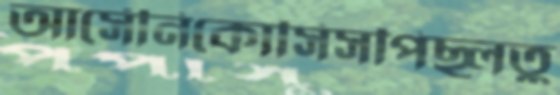
আর্সেনিকোসিসপিছ্‌লতু